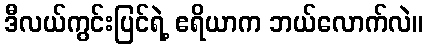
ဒီလယ်ကွင်းပြင်ရဲ့ ဧရိယာက ဘယ်လောက်လဲ။